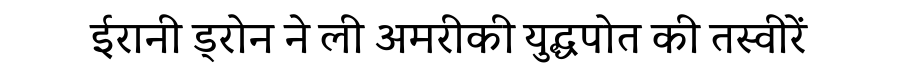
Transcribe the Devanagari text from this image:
ईरानी ड्रोन ने ली अमरीकी युद्धपोत की तस्वीरें